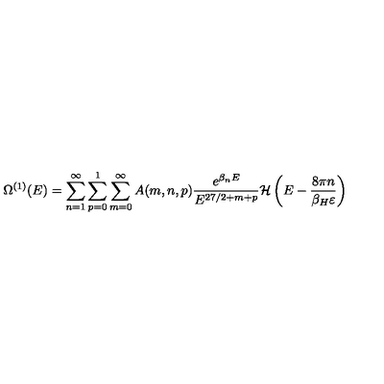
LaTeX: \Omega ^ { ( 1 ) } ( E ) = \sum _ { n = 1 } ^ { \infty } \sum _ { p = 0 } ^ { 1 } \sum _ { m = 0 } ^ { \infty } A ( m , n , p ) \frac { e ^ { \beta _ { n } E } } { E ^ { 2 7 / 2 + m + p } } { \cal H } \left( E - \frac { 8 \pi n } { \beta _ { H } \varepsilon } \right)